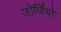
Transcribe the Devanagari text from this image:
जोर्जियो